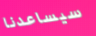
سيساعدنا